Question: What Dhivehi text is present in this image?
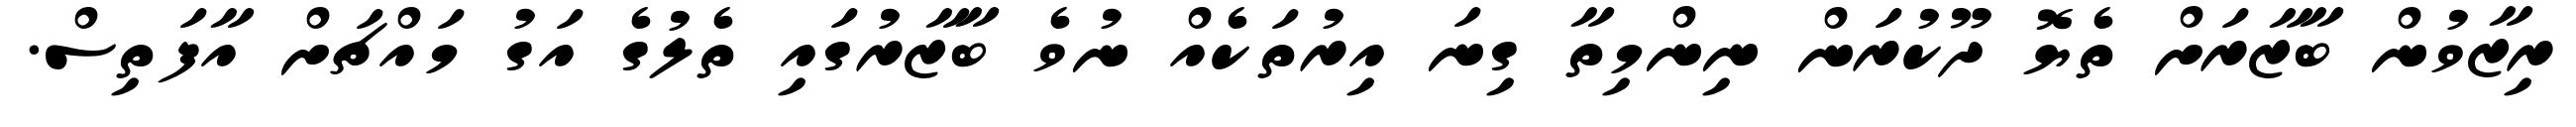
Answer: ރިޒާވުން ބާޒާރަށް ތެޔޮ ދޫކުރަން ނިންމިތާ ގިނަ އިރުތަކެއް ނުވެ ބާޒާރުގައި ތެލުގެ އަގު މައްޗަށް އާފަތިސް.